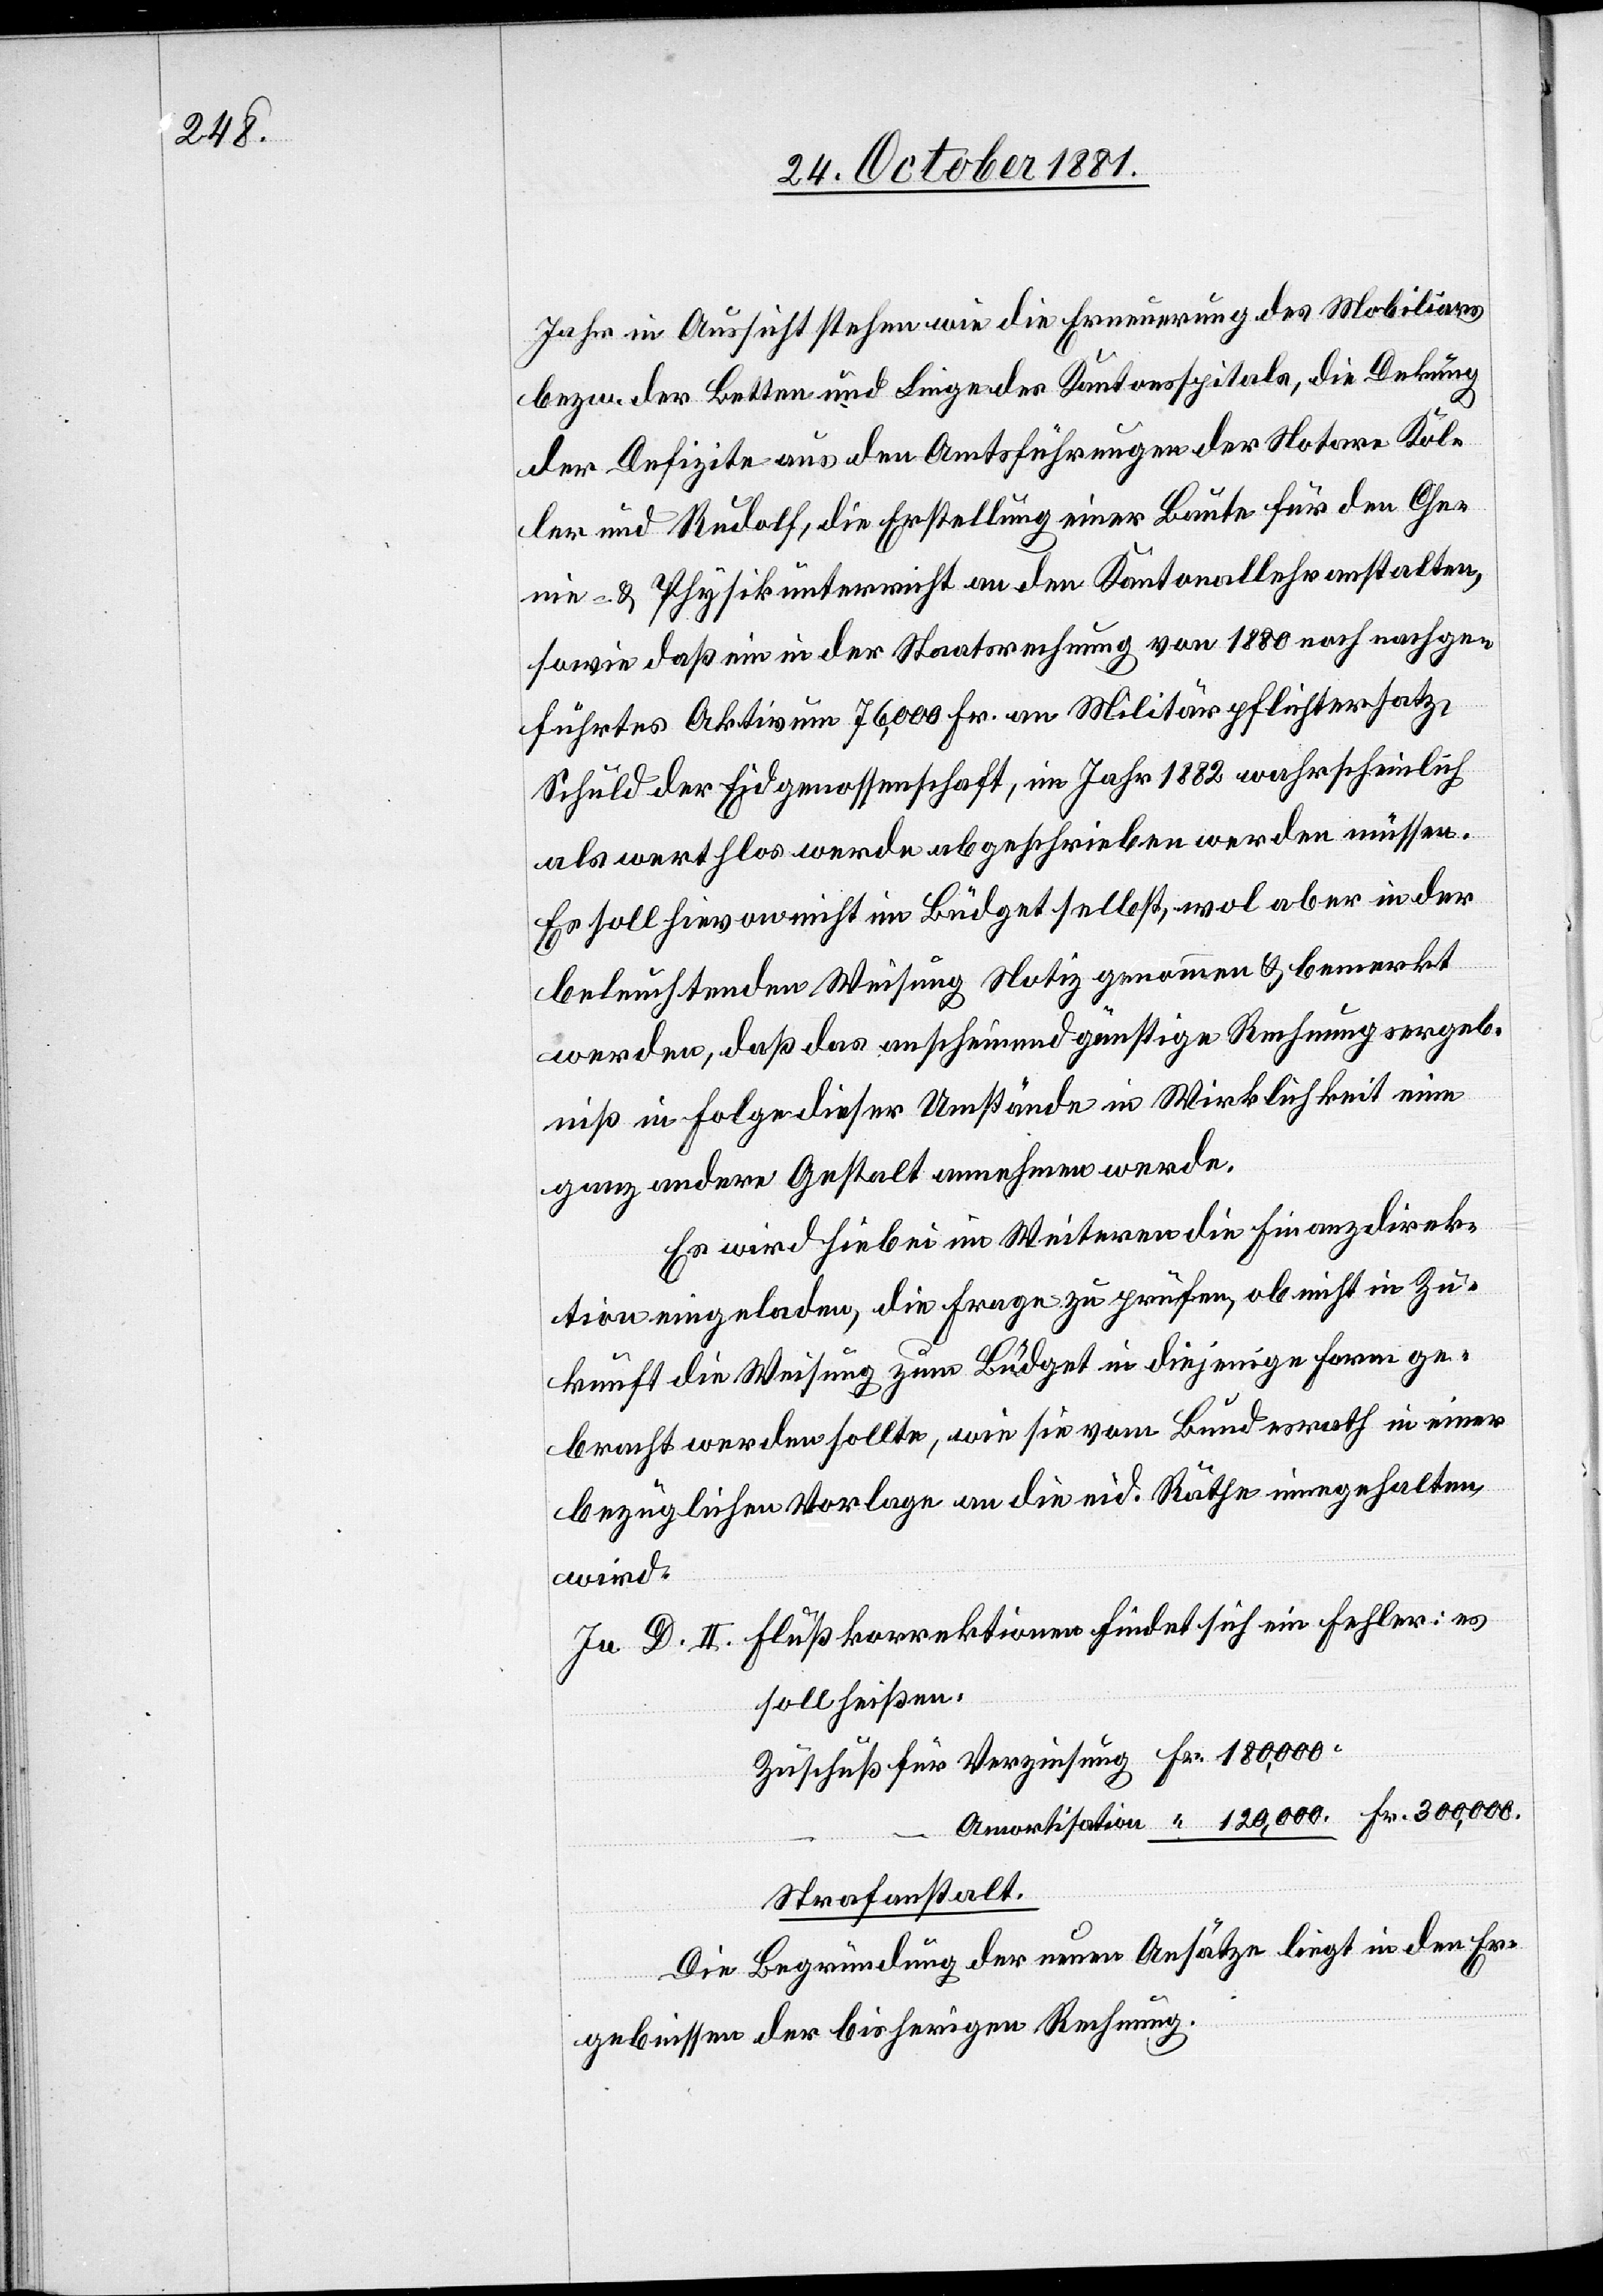
Jahr in Aussicht stehen wie die Erneuerung des Mobiliars
bezw. der Betten und Liegen des Kantonsspitals, die Dekung
der Defizite aus den Amtsführungen der Notare Kol¬
ler und Rudolf, die Erstellung einer Baute für den Che¬
mie- & Physikunterricht an den Kantonallehranstalten,
sowie daß ein in der Staatsrechnung von 1880 noch nachge¬
führtes Aktivum 76,000 Fr. an Militärpflichtersatz,
Schuld der Eidgenossenschaft, im Jahr 1882 wahrscheinlich
als werthlos werde abgeschrieben werden müssen.
Es soll hievon nicht im Büdget selbst, wol aber in der
beleuchtenden Weisung Notiz genommen & bemerkt
werden, daß das anscheinend günstige Rechnungsergeb¬
niß in Folge dieser Umstände in Wirklichkeit eine
ganz andere Gestalt annehmen werde.
Es wird hiebei im Weiteren die Finanzdirek¬
tion eingeladen, die Frage zu prüfen, ob nicht in Zu¬
kunft die Weisung zum Büdget in diejenige Form ge¬
bracht werden sollte, wie sie vom Bundesrath in einer
bezüglichen Vorlage an die eid. Räthe innegehalten
wird.
In D. II. Flußkorrektionen findet sich ein Fehler: es
soll heißen:
Zuschuß für Verzinsung Fr. 180,000.
Amortisation “ 120,000. Fr. 300,000.
Strafanstalt.
Die Begründung der neuen Ansätze liegt in den Er¬
gebnissen der bisherigen Rechnung.